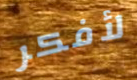
لأفكر